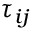
{ { \tau } _ { i j } }